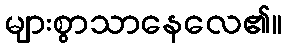
များစွာသာနေလေ၏။